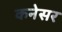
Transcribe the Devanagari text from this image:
कनेसर